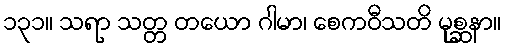
၁၃၁။ သရာ သတ္တ တယော ဂါမာ၊ စေကဝီသတိ မုစ္ဆနာ။